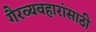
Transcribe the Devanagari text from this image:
गैरव्यवहारांसाठी